Vaccination in Bombay 1869-1873 - 1869-1873
Year: 1869
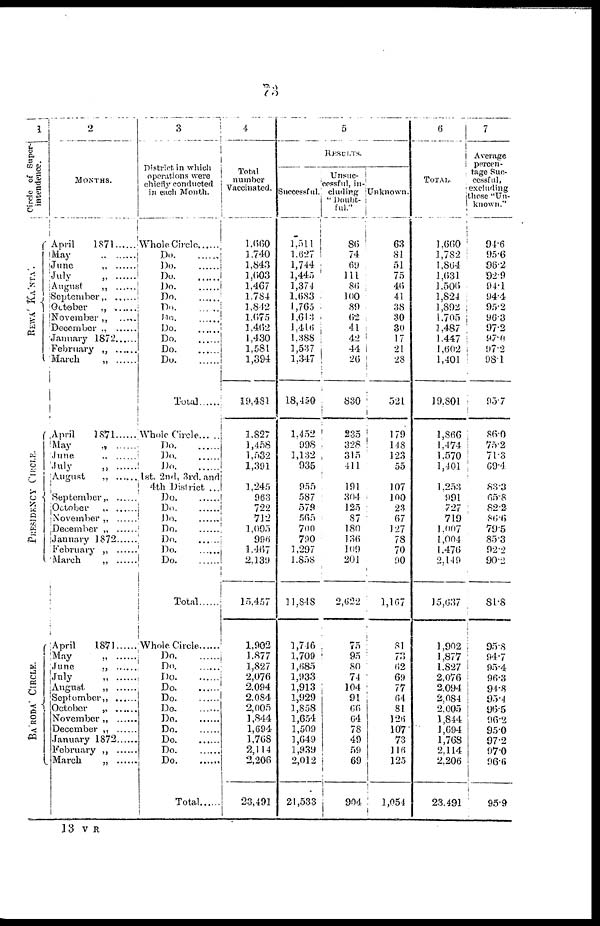
73
1
Circle of Super¬
intendence.
REWA RANTA.
PRESIDENCY CIRCLE.
BARODA' CIRCLE.
2
MONTHS.
April
1871
May
„
......
June „ ......
July „ ......
August „ .....
September „ .......
October
„
......
November„
.....
December „
January 1872 .....
February „ ......
March „ .....
April
1871
May
„
June
„
.....
July „
August
„
.....
September „ .....
October
„
......
November „
December „
January 1872
February „ .....
March
„
April
1871
May „ .......
June „ ......
July
„
......
August
„
September „ .....
October
„
November „ ......
December „
January 1872
February „ ......
March „ ......
3
District in which
operations were
chiefly conducted
in each Month.
Whole Circle .....
Do.
......
Do.
.......
Do.
......
Do.
.......
Do.
......
Do. ......
Do. ......
Do.
Do.
......
Do.
......
Do. .....
Total
Whole Circle
Do.
......
Do.
......
Do. ......
1st. 2nd, 3rd. and
4th District ...
Do.
.......
Do. ......
Do. ......
Do.
......
Do.
......
Do. ......
Do. ......
Total
Whole Circle.
Do. ......
Do.
......
Do. ......
Do. ......
Do. ......
Do.
......
Do.
......
Do. ......
Do. ......
Do. ......
Do. ......
Total ......
4
Total
number
Vaccinated.
1,600
1,740
1,843
1,603
1,467
1,784
1,842
1,675
1,462
1,430
1,581
1,394
19,481
1,827
1,458
1,532
1,391
1,245
963
722
712
1,005
996
1,467
2,139
15,457
1,902
1,877
1,827
2,076
2,094
2,084
2,005
1,844
1,694
1,768
2,114
2,206
23,491
5
RESULTS.
Successful.
1,511
1,627
1,744
1,445
1,374
1,683
1,765
1,613
1,416
1,388
1,537
1,347
18,450
1,452
998
1,132
935
955
587
579
565
700
790
1,297
1,858
11,848
1,746
1,709
1,685
1,933
1,913
1,929
1,858
1,654
1,509
1,649
1,939
2,012
21,533
Unsuc¬
cessful, in¬
cluding
" Doubt¬
ful."
86
74
69
111
86
100
89
62
41
42
44
26
830
235
328
315
411
191
304
125
87
180
136
109
201
2,622
75
95
80
74
104
91
66
64
78
49
59
69
904
Unknown.
63
81
51
75
46
41
38
30
30
17
21
28
521
179
148
123
55
107
100
23
67
127
78
70
90
1,167
81
73
62
69
77
64
81
126
107
73
116
125
1,054
6
TOTAL.
1,660
1,782
1,864
1,631
1,506
1,824
1,892
1,705
1,487
1,447
1,602
1,401
19,801
1,866
1,474
1,570
1,401
1,253
991
727
719
1,007
1,004
1,476
2,149
15,637
1,902
1,877
1,827
2,076
2,094
2,084
2,005
1,844
1,694
1,768
2,114
2,206
23,491
7
Average
percen-
tage Suc-
cessful,
excluding
those "Un-
known."
94.6
95.6
96.2
92.9
94.1
94.4
95.2
96.3
97.2
97.0
97.2
98.1
95.7
86.0
75.2
71.3
69.4
83.3
65.8
82.2
86.6
79.5
85.3
92.2
90.2
81.8
95.8
94.7
95.4
96.3
94.8
95.4
96.5
96.2
95.0
97.2
97.0
96.6
95.9
13 V R